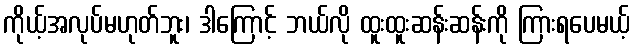
ကိုယ့်အလုပ်မဟုတ်ဘူး၊ ဒါကြောင့် ဘယ်လို ထူးထူးဆန်းဆန်းကို ကြားရပေမယ့်